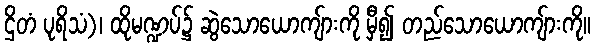
ဌိတံ ပုရိသံ)၊ ထိုမဏ္ဍပ်၌ ဆွဲသောယောကျ်ားကို မှီ၍ တည်သောယောကျ်ားကို။